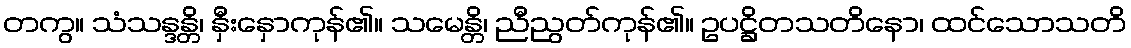
တကွ။ သံသန္ဒန္တိ၊ နှီးနှောကုန်၏။ သမေန္တိ၊ ညီညွတ်ကုန်၏။ ဥပဋ္ဌိတသတိနော၊ ထင်သောသတိ